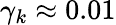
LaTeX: \gamma_{k}\approx 0.01